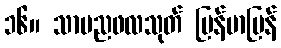
၁၆။ သာမညဖလသုတ် မြန်မာပြန်